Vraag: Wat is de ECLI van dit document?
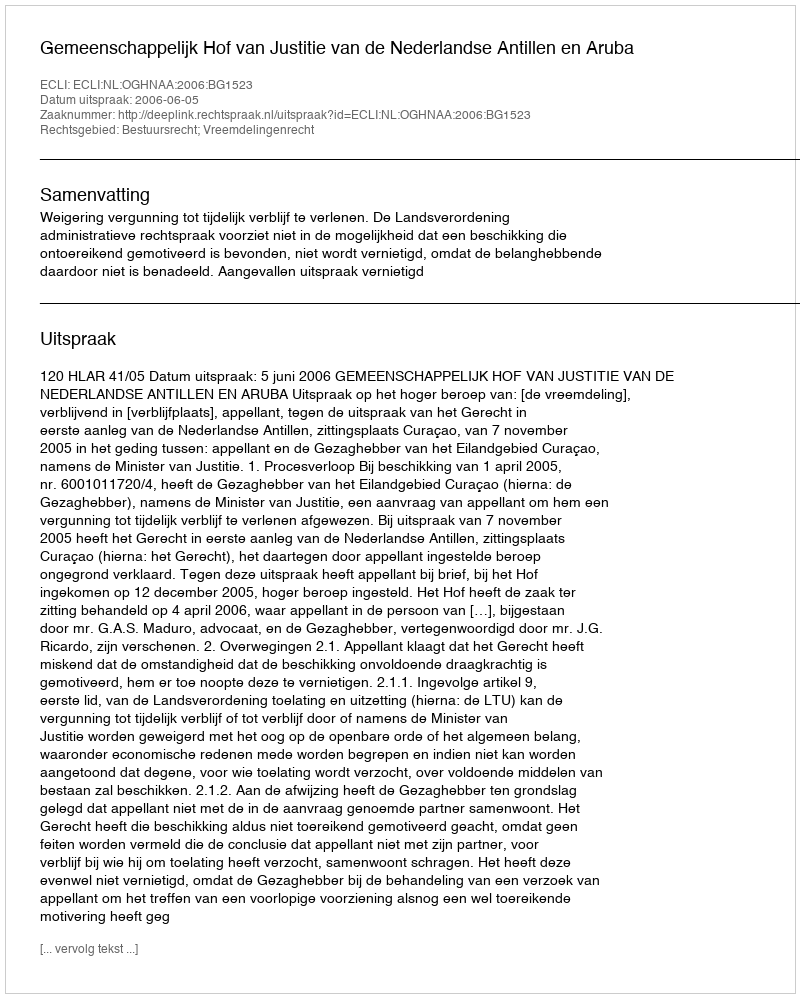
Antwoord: ECLI:NL:OGHNAA:2006:BG1523